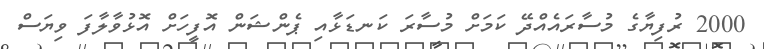
2000 ރުފިޔާގެ މުސާރައެއްދޭ ކަމަށް މުސާރަ ކަނޑަޅާއި ޕެންޝަން އޮފީހަށް އޮޅުވާލާފަ ވިޔަސް